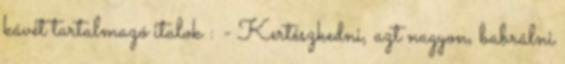
kávét tartalmazó italok : - Kertészkedni, azt nagyon, babrálni